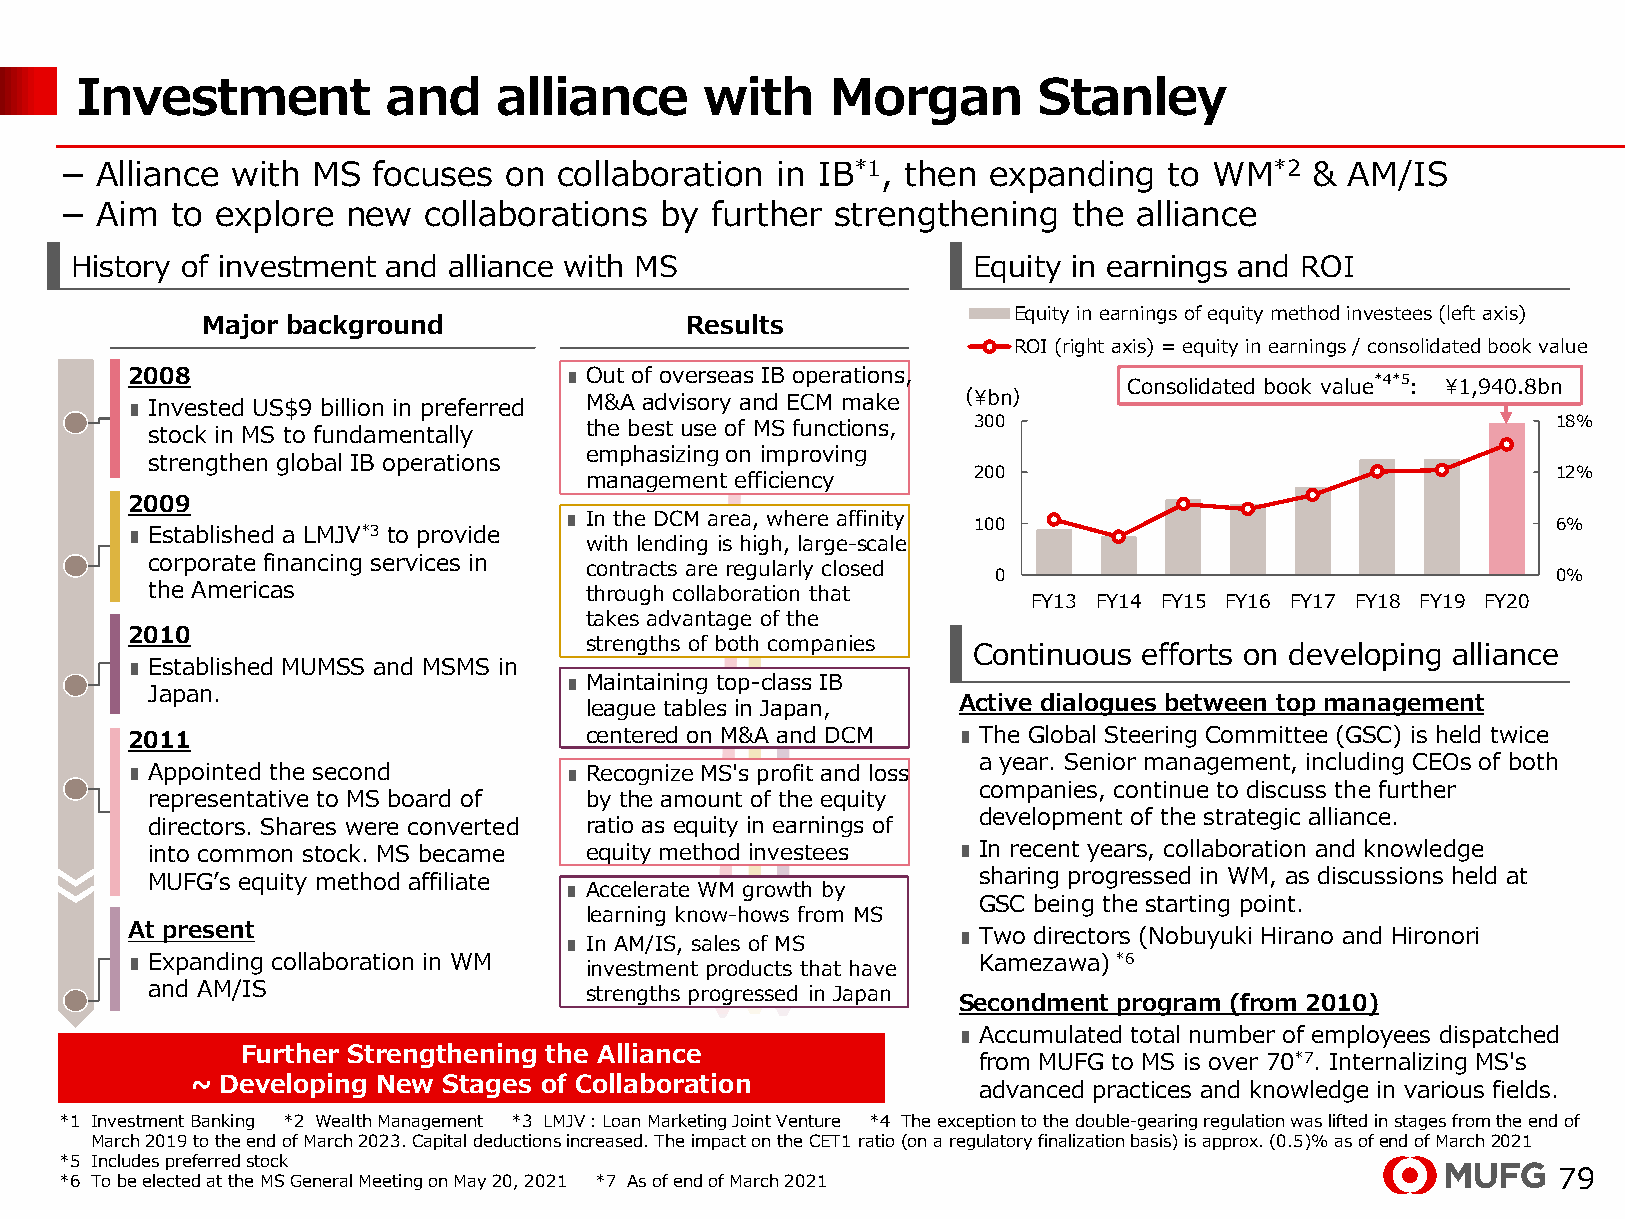
Investment           and    alliance      with    Morgan        Stanley
 － Alliance with  MS  focuses on  collaboration in IB*1, then expanding   to WM*2   & AM/IS
 － Aim  to explore  new  collaborations  by further strengthening   the alliance
 History of investment and alliance with MS                 Equity in earnings and ROI
 Equity in earnings of equity method investees (left axis)
 Major background                Results
 ROI (right axis) = equity in earnings / consolidated book value
 2008                         ∎ Out of overseas IB operations,      Consolidated book value*4*5: ¥1,940.8bn
 ∎ Invested US$9 billion in preferred M&A advisory and ECM make （¥bn）
 the best use of MS functions, 300                               18%
 stock in MS to fundamentally
 emphasizing on improving
 strengthen global IB operations
 200                                    12%
 management efficiency
 2009
 ∎ In the DCM area, where affinity 100                             6%
 ∎ Established a LMJV*3 to provide with lending is high, large-scale
 corporate financing services in
 contracts are regularly closed
 0                                    0%
 the Americas                 through collaboration that
 FY13 FY14 FY15 FY16 FY17 FY18 FY19 FY20
 takes advantage of the
 2010
 strengths of both companies
 Continuous  efforts on developing alliance
 ∎ Established MUMSS and MSMS in
 ∎ Maintaining top-class IB
 Japan.
 league tables in Japan, Active dialogues between top management
 2011                           centered on M&A and DCM ∎ The Global Steering Committee (GSC) is held twice
 a year. Senior management, including CEOs of both
 ∎ Appointed the second       ∎ Recognize MS's profit and loss
 companies, continue to discuss the further
 representative to MS board of by the amount of the equity
 development of the strategic alliance.
 directors. Shares were converted ratio as equity in earnings of
 into common stock. MS became equity method investees ∎ In recent years, collaboration and knowledge
 MUFG’s equity method affiliate                         sharing progressed in WM, as discussions held at
 ∎ Accelerate WM growth by
 GSC being the starting point.
 learning know-hows from MS
 At present                   ∎ In AM/IS, sales of MS   ∎ Two directors (Nobuyuki Hirano and Hironori
 ∎ Expanding collaboration in WM investment products that have Kamezawa)*6
 and AM/IS                    strengths progressed in Japan
 Secondment program (from 2010)
 ∎ Accumulated total number of employees dispatched
 Further Strengthening the Alliance               from MUFG to MS is over 70*7. Internalizing MS's
 ~ Developing New Stages of Collaboration            advanced practices and knowledge in various fields.
 *1 Investment Banking *2 Wealth Management *3 LMJV：Loan Marketing Joint Venture *4 The exception to the double-gearing regulation was lifted in stages from the end of
 March 2019 to the end of March 2023. Capital deductions increased. The impact on the CET1 ratio(on a regulatory finalization basis) is approx. (0.5)% asofend of March2021
 *5 Includes preferred stock
 *6 To be elected at the MS General Meeting on May 20, 2021 *7 As of end of March 2021              79